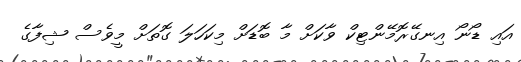
އައި ޑޯނޯ އިނގޭރޮމޭންޓިކް ވާކަށް މާ ބޮޑަށް މިކަހަލަ ގޮތަށް މީވެސް ޝިފާގެ